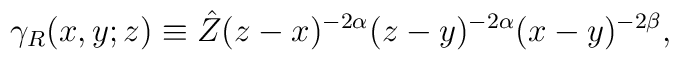
\gamma_{R}(x,y;z) \equiv\hat Z (z-x)^{-2\alpha}(z-y)^{-2\alpha}(x-y)^{-2\beta},